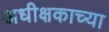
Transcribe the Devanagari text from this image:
अधीक्षकाच्या